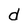
Character: d